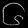
Digit: ၆